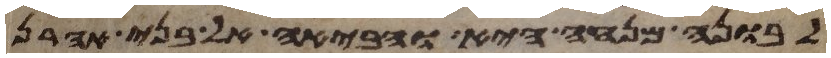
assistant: לבונה מנחה היא והביאה אל בני אהרן